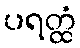
ပရတ္ထံ